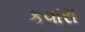
કવારા